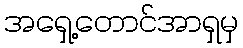
အရှေ့တောင်အာရှမှ